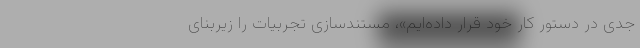
جدی در دستور کار خود قرار داده‌ایم»، مستندسازی تجربیات را زیربنای